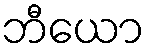
ဘီယော